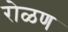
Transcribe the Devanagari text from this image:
रोळण